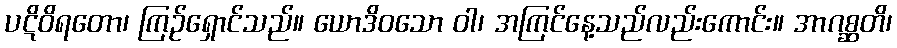
ပဋိဝိရတော၊ ကြဉ်ရှောင်သည်။ ယောဒိဝသော ဝါ၊ အကြင်နေ့သည်လည်းကောင်း။ အာဂစ္ဆတိ၊